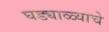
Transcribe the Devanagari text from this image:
घड्याळ्याचे